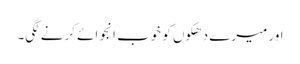
اور میرے دھکوں کو خوب انجوائے کرنے لگی۔